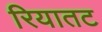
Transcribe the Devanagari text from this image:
रियातट